Lunatic asylums in Bengal annual reports 1888-1898 - 1888-1898
Year: 1888
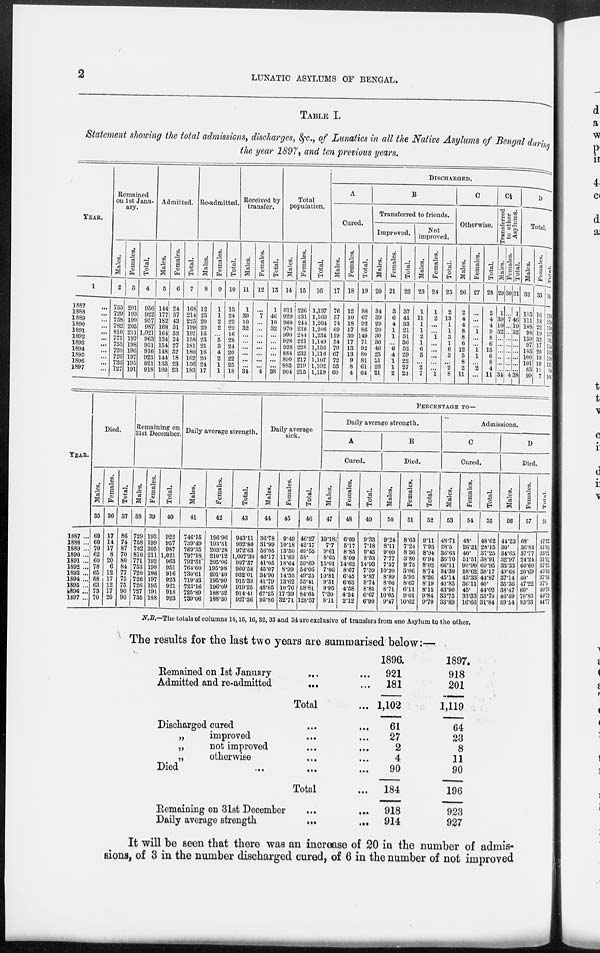
2
LUNATIC ASYLUMS OF BENGAL.
TABLE I.
Statement showing the total admissions, discharges, &c., of Lunatics in all the Native Asylums of Bengal during
the year 1897, and ten previous years.
YEAR.
1
1887 ...
1888 ...
1889 ...
1890 ...
1891 ...
1892 ...
1893 ...
1894 ...
1895 ...
1896 ...
1897 ...
Remained
on 1st Janu-
ary.
Males.
2
755
729
758
782
810
771
753
720
726
726
727
Females.
3
201
193
199
205
211
192
198
196
197
195
191
Total.
4
956
922
957
987
1,021
963
951
916
923
921
918
Admitted.
Males.
5
144
177
182
168
164
134
154
148
144
133
160
Females.
6
24
37
43
31
33
24
27
32
18
23
23
Total.
7
168
214
225
199
197
158
181
180
162
156
183
Re-admitted.
Males.
8
12
23
20
20
16
23
21
16
20
24
17
Females.
9
1
1
2
2
...
5
3
4
2
1
1
Total.
10
13
24
22
22
16
28
24
20
22
25
18
Received by
transfer.
Males.
11
1
39
10
32
...
...
...
...
...
...
34
Females.
12
...
7
...
...
...
...
...
...
...
...
4
Total.
13
1
46
10
32
...
...
...
...
...
...
38
Total
population.
Males.
14
911
929
960
970
990
928
928
884
890
883
904
Females.
15
226
231
244
238
244
221
228
232
217
219
215
Total.
16
1,137
1,160
1,204
1,208
1,234
1,149
1,156
1,116
1,107
1,102
1,119
DISCHARGED.
A
Cured.
Males.
17
76
57
74
69
119
54
79
67
72
53
60
Females.
18
12
10
18
17
30
17
13
13
9
8
4
Total.
19
88
67
92
86
149
71
92
80
81
61
64
B
Transferred to friends.
Improved.
Males.
20
34
39
29
20
30
36
46
25
21
26
21
Females.
21
3
6
4
1
1
...
6
4
1
1
2
Total.
22
37
45
33
21
31
36
52
29
22
27
23
Not
improved.
Males.
23
1
11
1
1
2
1
6
3
...
2
7
Females.
24
1
2
...
...
1
...
...
...
...
...
1
Total.
25
2
13
1
1
3
1
6
3
...
2
8
C
Otherwise.
Males.
26
2
4
4
8
8
6
12
5
8
2
11
Females.
27
...
...
...
1
...
...
1
1
...
2
...
Total.
28
2
4
4
9
8
6
13
6
8
4
11
C½
Transferred
to other
Asylums.
Males.
29
1
39
10
32
...
...
...
...
...
...
34
Females.
30
...
7
...
...
...
...
...
...
...
...
4
Total.
31
1
46
10
32
...
...
...
...
...
...
38
D
Total.
Males.
32
113
111
108
98
159
97
143
100
101
83
99
Females.
33
16
18
22
19
32
17
20
18
10
11
7
Total.
34
129
129
130
117
191
114
163
118
111
94
106
YEAR.
1887 ...
1888 ...
1889 ...
1890 ...
1891 ...
1892 ...
1893 ...
1894 ...
1895 ...
1896 ...
1897 ...
Died.
Males.
35
69
60
70
62
60
78
65
58
63
73
70
Females.
36
17
14
17
8
20
6
12
17
12
17
20
Total.
37
86
74
87
70
80
84
77
75
75
90
90
Remaining on
31st December.
Males.
38
729
758
782
810
771
753
720
726
726
727
735
Females.
39
193
199
205
211
192
198
196
197
195
191
188
Total.
40
922
957
987
1,021
963
951
916
923
921
918
923
Daily average strength.
Males.
41
746.15
739.49
769.35
797.18.
792.31
764.60
730.61
719.43
723.16
725.89
739.06
Females.
42
196.96
193.31
203.28
210.12
205.06
195.98
201.40
195.90
196.09
188.52
188.30
Total.
43
943.11
932.80
972.63
1,007.30
997.37
960.58
932.01
915.33
919.25
914.41
927.36
Daily average
sick.
Males.
44
36.78
31.99
56.05
46.17
41.05
45.07
34.90
41.79
48.05
67.25
95.86
Females.
45
9.49
10.18
13.50
11.83
18.64
8.99
14.35
13.62
10.76
17.39
32.71
Total.
46
46.27
42.17
69.55
58.
59.69
54.06
49.25
55.41
58.81
84.64
128.57
PERCENTAGE TO—
Daily average strength.
A
Cured.
Males.
47
10.18
7.7
9.61
8.65
15.01
7.06
10.81
9.31
9.95
7.30
8.11
Females.
48
6.09
5.17
8.85
8.09
14.62
8.67
6.45
6.63
4.58
4.24
2.12
Total.
49
9.33
7.18
9.45
8.53
14.93
7.39
9.87
8.74
8.81
6.67
6.90
B
Died.
Males.
50
9.24
8.11
9.09
7.77
7.57
10.20
8.89
8.06
8.71
10.05
9.47
Females.
51
8.63
7.24
8.36
3.80
9.75
3.06
5.95
8.67
6.11
9.01
10.62
Total.
52
9.11
7.93
8.94.
6.94
8.02
8.74
8.26
8.19
8.15
9.84
9.70
Admissions.
C
Cured.
Males.
53
48.71
28.5
36.63
36.70
66.11
34.39
45.14
40.85
43.90
33.75
33.89
Females.
54
48.
26.31
40.
51.51
90.90
58.62
43.33
36.11
45.
33.33
16.66
Total.
55
48.62
28.15
37.25
38.91
69.95
38.17
44.87
40.
44.02
33.70
31.84
D
Died.
Males.
56
44.23
30.
34.65
32.97
33.33
49.68
37.14
35.36
38.47
46.49
39.54
Females.
57
68.
36.84
37.77
24.24
60.60
20.69
40.
47.22
60.
70.83
83.83
Total.
58
47.52
31.06
35.21
31.62
37.55
45.16
37.56
37.5
40.76
49.72
44.77
N.B.—The totals of columns 14, 15, 16, 32, 33 and 34 are exclusive of transfers from one Asylum to the other.
The results for the last two years are summarised below:—
Remained on 1st January ... ...
Admitted and re-admitted ... ...
Total ...
Discharged cured ... ...
„
improved ... ...
„
not improved ... ...
„
otherwise ... ...
Died
...
...
...
Total ...
Remaining on 31st December
...
...
Daily average strength
...
...
1896.
921
181
1,102
61
27
2
4
90
184
918
914
1897.
918
201
1,119
64
23
8
11
90
196
923
927
It will be seen that there was an increase of 20 in the number of admis-
sions, of 3 in the number discharged cured, of 6 in the number of not improved